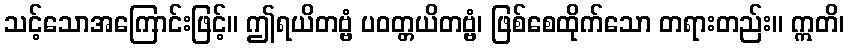
သင့်သောအကြောင်းဖြင့်။ ဤရယိတဗ္ဗံ ပဝတ္တယိတဗ္ဗံ၊ ဖြစ်စေထိုက်သော တရားတည်း။ ဣတိ၊